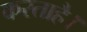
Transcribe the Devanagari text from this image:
करताहै।